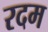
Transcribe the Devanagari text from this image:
रदम